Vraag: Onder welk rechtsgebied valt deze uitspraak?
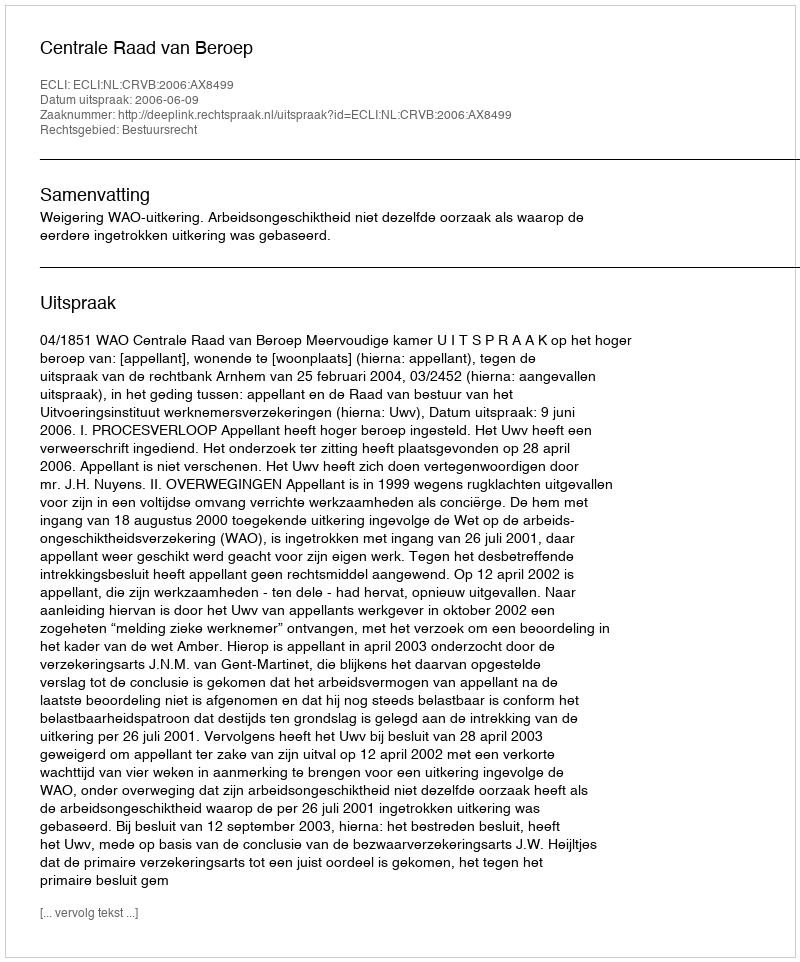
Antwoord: Bestuursrecht